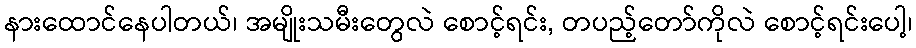
နားထောင်နေပါတယ်၊ အမျိုးသမီးတွေလဲ စောင့်ရင်း, တပည့်တော်ကိုလဲ စောင့်ရင်းပေါ့၊